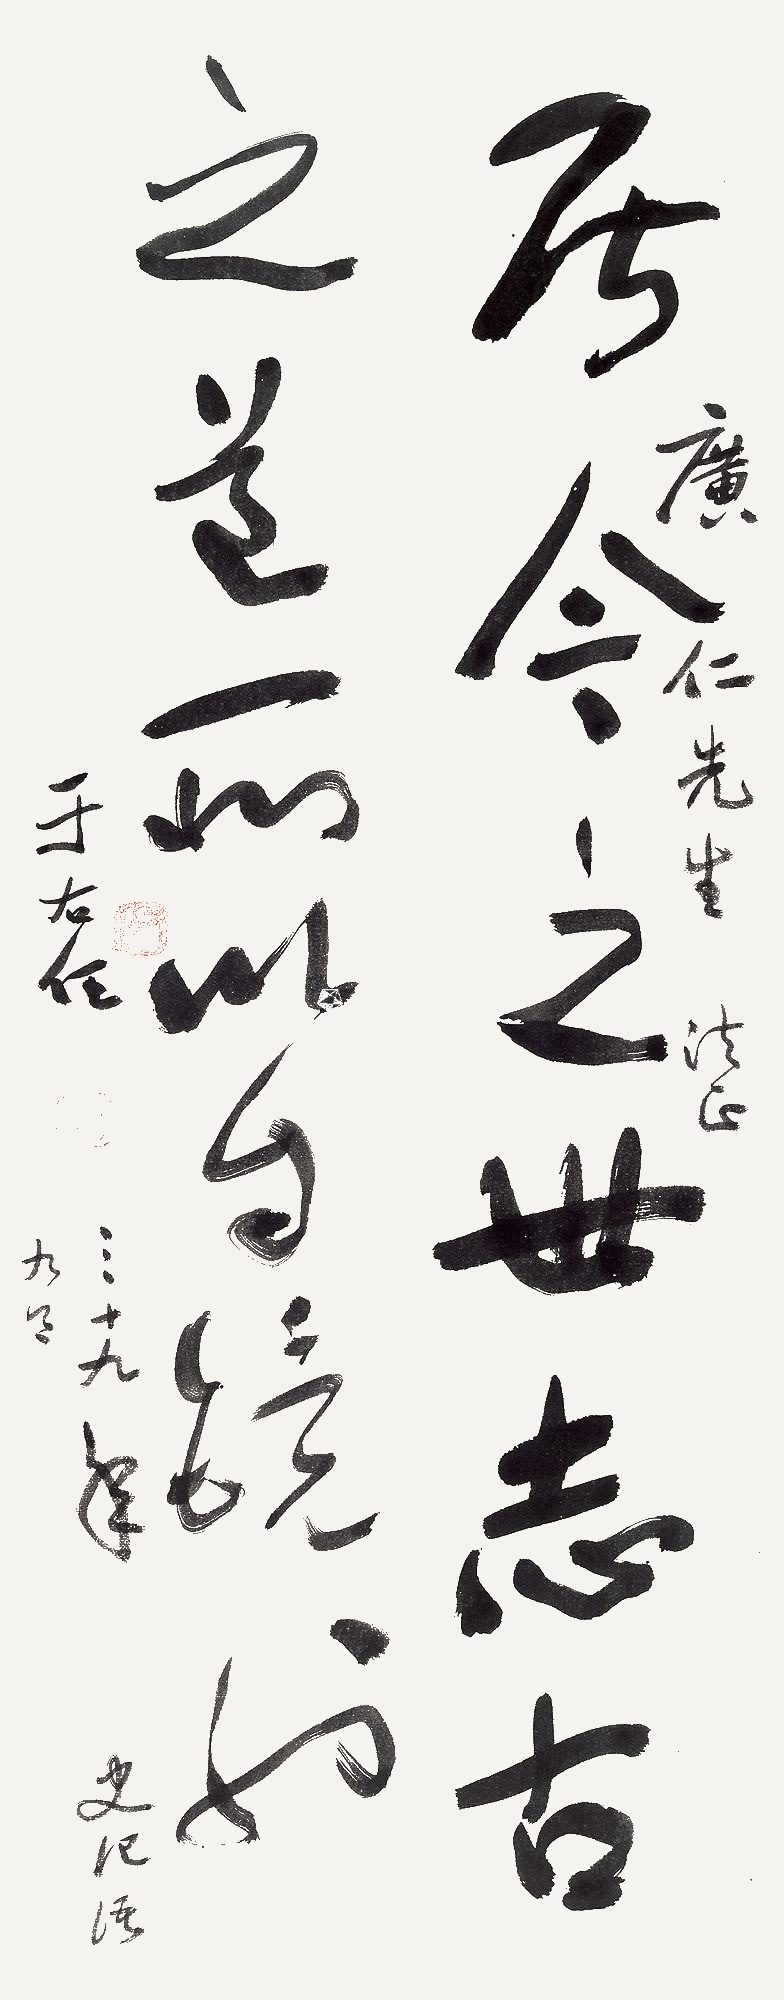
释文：居今之世，志古之道，所以自镜也。广仁先生法正，于右任，三十九年九月。《史记》语。